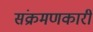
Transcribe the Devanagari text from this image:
संक्रमणकारी